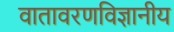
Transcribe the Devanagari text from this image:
वातावरणविज्ञानीय